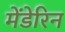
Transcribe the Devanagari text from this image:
मेंडेरिन